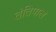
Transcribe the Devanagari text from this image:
तंतिपाल